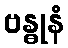
ဗန္ဓုနံ